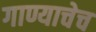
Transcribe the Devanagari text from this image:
गाण्याचेच